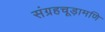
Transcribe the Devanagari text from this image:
संग्रहचूड़ामणि